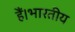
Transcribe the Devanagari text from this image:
हैं।भारतीय